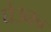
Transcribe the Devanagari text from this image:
घेउनच